Civil Veterinary Department Bengal reports 1933-51 - 1933-1951
Year: 1933
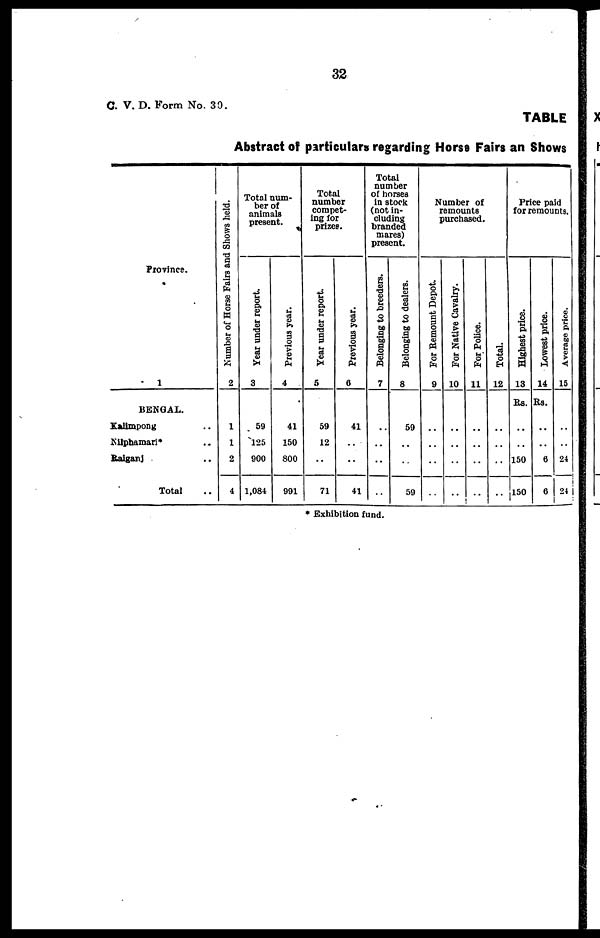
32
C. V. D. Form No. 30.
TABLE
Abstract of particulars regarding Horse Fairs an Shows
Province.
1
BENGAL.
Kalimpong ..
Nilphamari* ..
Raiganj ..
Total ..
Number
of Horse Fairs and Shows held.
2
1
1
2
4
Total num-
ber of
animals
present.
Year under report.
3
59
125
900
1,084
Previous year.
4
41
150
800
991
Total
number
compet-
ing for
prizes.
Year under report.
5
59
12
..
71
Previous year.
6
41
..
..
41
Total
number
of horses
in stock
(not In-
cluding
branded
mares)
present.
Belonging to breeders.
7
..
..
..
..
Belonging to dealers.
8
59
..
..
59
Number of
remounts
purchased.
For Remount Depot.
9
..
..
..
..
For Native Cavalry.
10
..
..
..
..
For Police.
11
..
..
..
..
Total.
12
..
..
..
..
Price paid
for remounts.
Highest price.
18
Rs.
..
..
150
150
Lowest price.
14
Rs.
..
..
6
6
Average price.
15
..
..
24
24
* Exhibition fund.